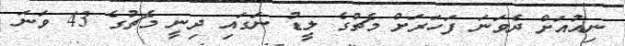
ނިއުއަށް ދެވަނަ ފަހަރަށް މެޗުގެ ލީޑު ނަގައި ދިނީ މެޗުގެ 43 ވަނަ